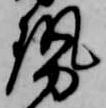
勢